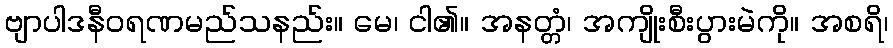
ဗျာပါဒနီဝရဏမည်သနည်း။ မေ၊ ငါ၏။ အနတ္တံ၊ အကျိုးစီးပွားမဲကို။ အစရိ၊